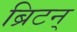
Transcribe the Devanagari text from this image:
ब्रिटन्